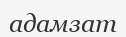
адамзат